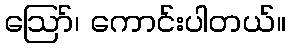
ဪ၊ ကောင်းပါတယ်။